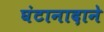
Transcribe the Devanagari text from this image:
घंटानादाने